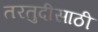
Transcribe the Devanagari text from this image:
तरतुदीसाठी